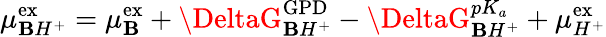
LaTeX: \mu_{\mathbf{B}H^{+}}^{\mathrm{{{ex}}}}=\mu_{\mathbf{B}}^{\mathrm{{{ex}}}}+\DeltaG_{\mathbf{B}H^{+}}^{\mathrm{{{GPD}}}}-\DeltaG_{\mathbf{B}H^{+}}^{pK_{a}}+\mu_{H^{+}}^{\mathrm{{{ex}}}}